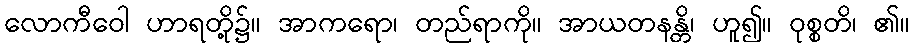
လောကီဝေါ ဟာရတို့၌။ အာကရော၊ တည်ရာကို။ အာယတနန္တိ၊ ဟူ၍။ ဝုစ္စတိ၊ ၏။